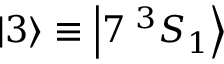
\ensuremath { \left| 3 \right\rangle } \equiv \ensuremath { \left| 7 \; ^ { 3 } S _ { 1 } \right\rangle }